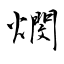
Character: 燘